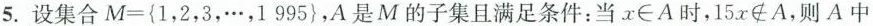
5.设集合$$M = { 1 ，2 ， 3 ， … ， 1 9 9 5 }$$，A是M的子集且满足条件：当x\in A时，15x\notin A，则A中